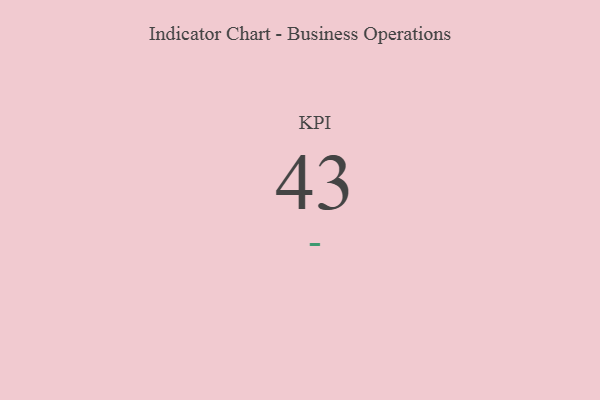
{"axis": {"x": "KPI", "y": "Value"}, "legend": [""], "data": [{"x": "KPI", "y": 43, "type": ""}]}